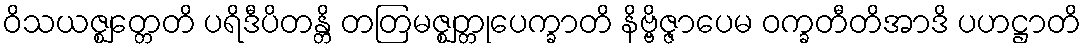
ဝိသယဇ္ဈတ္တေတိ ပရိဒီပိတန္တိ တတြမဇ္ဈတ္တုပေက္ခာတိ နိဗ္ဗိဇ္ဇာပေမ ဝက္ခတီတိအာဒိ ပဟဋ္ဌာတိ